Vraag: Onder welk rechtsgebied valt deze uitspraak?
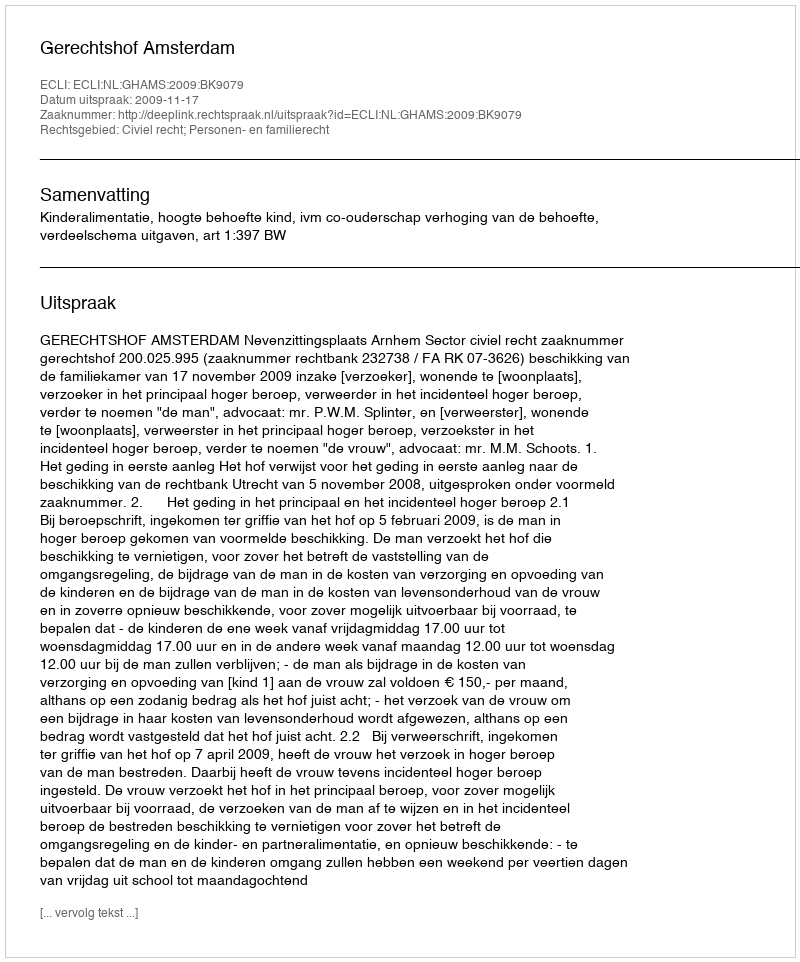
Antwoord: Civiel recht; Personen- en familierecht